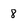
Character: 8